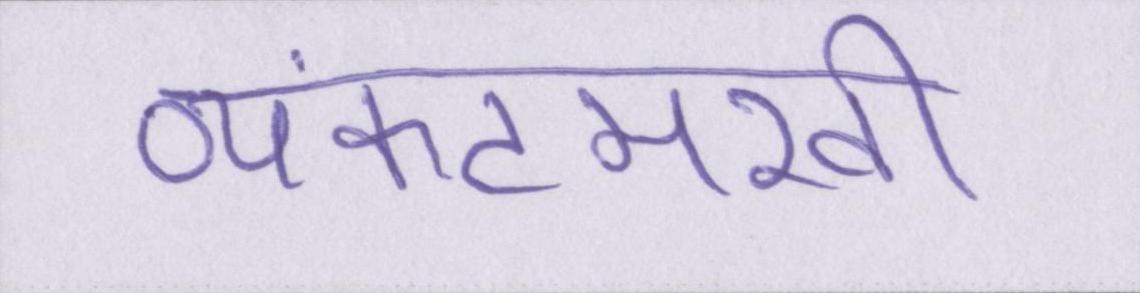
व्यंकटमखी